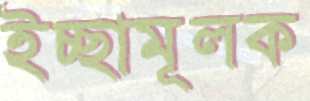
ইচ্ছামূলক